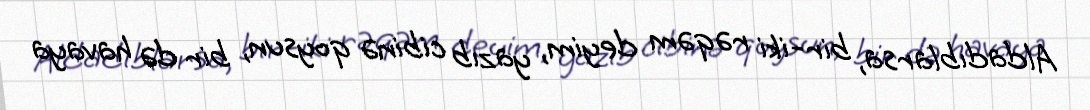
Aldadıblarsa, bir-iki rəqəm deyim, yazıb cibinə qoysun, bir də havaya